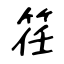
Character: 䇮